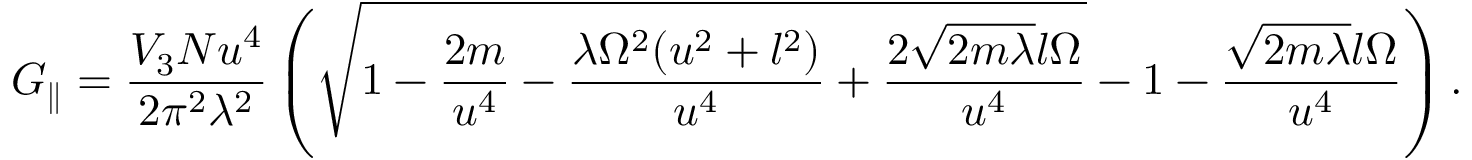
G _ { \parallel } = \frac { V _ { 3 } N u ^ { 4 } } { 2 \pi ^ { 2 } \lambda ^ { 2 } } \left( \sqrt { 1 - \frac { 2 m } { u ^ { 4 } } - \frac { \lambda \Omega ^ { 2 } ( u ^ { 2 } + l ^ { 2 } ) } { u ^ { 4 } } + \frac { 2 \sqrt { 2 m \lambda } l \Omega } { u ^ { 4 } } } - 1 - \frac { \sqrt { 2 m \lambda } l \Omega } { u ^ { 4 } } \right) .